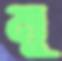
মু